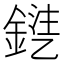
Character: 𨩾